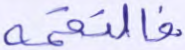
فالتقمه